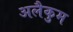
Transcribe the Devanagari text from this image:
अलैकुम